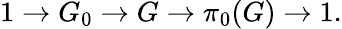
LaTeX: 1\to G_{0}\to G\to\pi_{0}(G)\to 1.